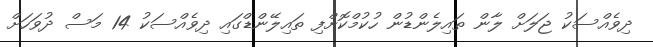
ދިވެއްސަކު ޖަލަށް ލާން ތައިލެންޑުން ހުކުމްކޮށްފި ތައިލޭންޑްގައި ދިވެއްސަކު 14 މަސް ދުވަހަށް